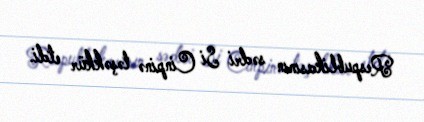
Respublikasının sədri Si Cinpinə təşəkkür etdi.